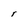
Character: r